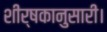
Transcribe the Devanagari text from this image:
शीर्षकानुसारी।